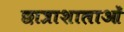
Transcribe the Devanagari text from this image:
छात्राशालाओं